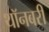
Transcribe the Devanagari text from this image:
थॉनबरी